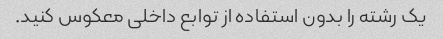
یک رشته را بدون استفاده از توابع داخلی معکوس کنید.